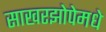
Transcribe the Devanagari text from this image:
साखरझोपेमधे